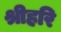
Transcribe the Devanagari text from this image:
श्रीहरि